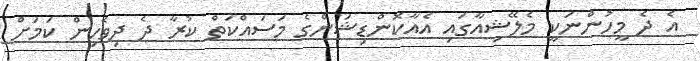
އެ ދެ މީހުންނަކީ މެލޭޝިއާގައި އެއާކޮންޑިޝަންގެ މަސައްކަތް ކުރާ ދެ ދިވެހިން ކަމަށް